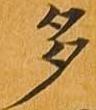
多